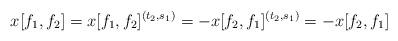
LaTeX: \begin{align*}x[f_1,f_2]= x[f_1,f_2]^{(t_2, s_1)} = - x[f_2,f_1]^{(t_2, s_1)} = - x[f_2,f_1]\end{align*}